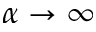
\alpha \to \infty